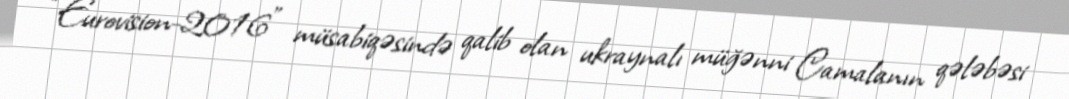
“Eurovision-2016” müsabiqəsində qalib olan ukraynalı müğənni Camalanın qələbəsi